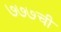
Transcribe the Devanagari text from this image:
७७७ची